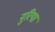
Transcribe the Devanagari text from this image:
नुरिया